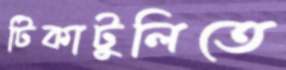
টিকাটুলিতে